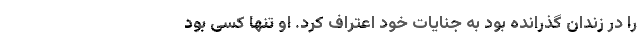
را در زندان گذرانده بود به جنایات خود اعتراف کرد. او تنها کسی بود